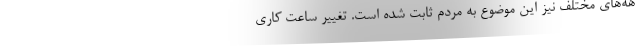
هه‌های مختلف نیز این موضوع به مردم ثابت شده است. تغییر ساعت کاری